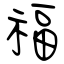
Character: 福